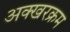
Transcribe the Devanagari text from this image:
अक्खरक्रम